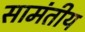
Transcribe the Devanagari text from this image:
सामंतीय